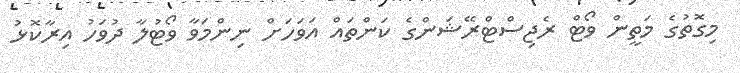
މިގޮތުގެ މަތީން ވޯޓް ރެޖިސްޓްރޭޝަންގެ ކަންތައް އަވަހަށް ނިންމަވާ ވޯޓުލާ ދުވަހު އިރާކޮޅު